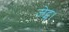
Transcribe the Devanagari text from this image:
जेट्स।